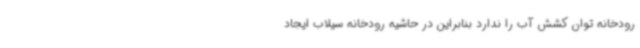
رودخانه توان کشش آب را ندارد بنابراین در حاشیه رودخانه سیلاب ایجاد